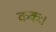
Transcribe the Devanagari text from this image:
ककः।